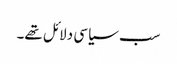
سب سیاسی دلائل تھے۔